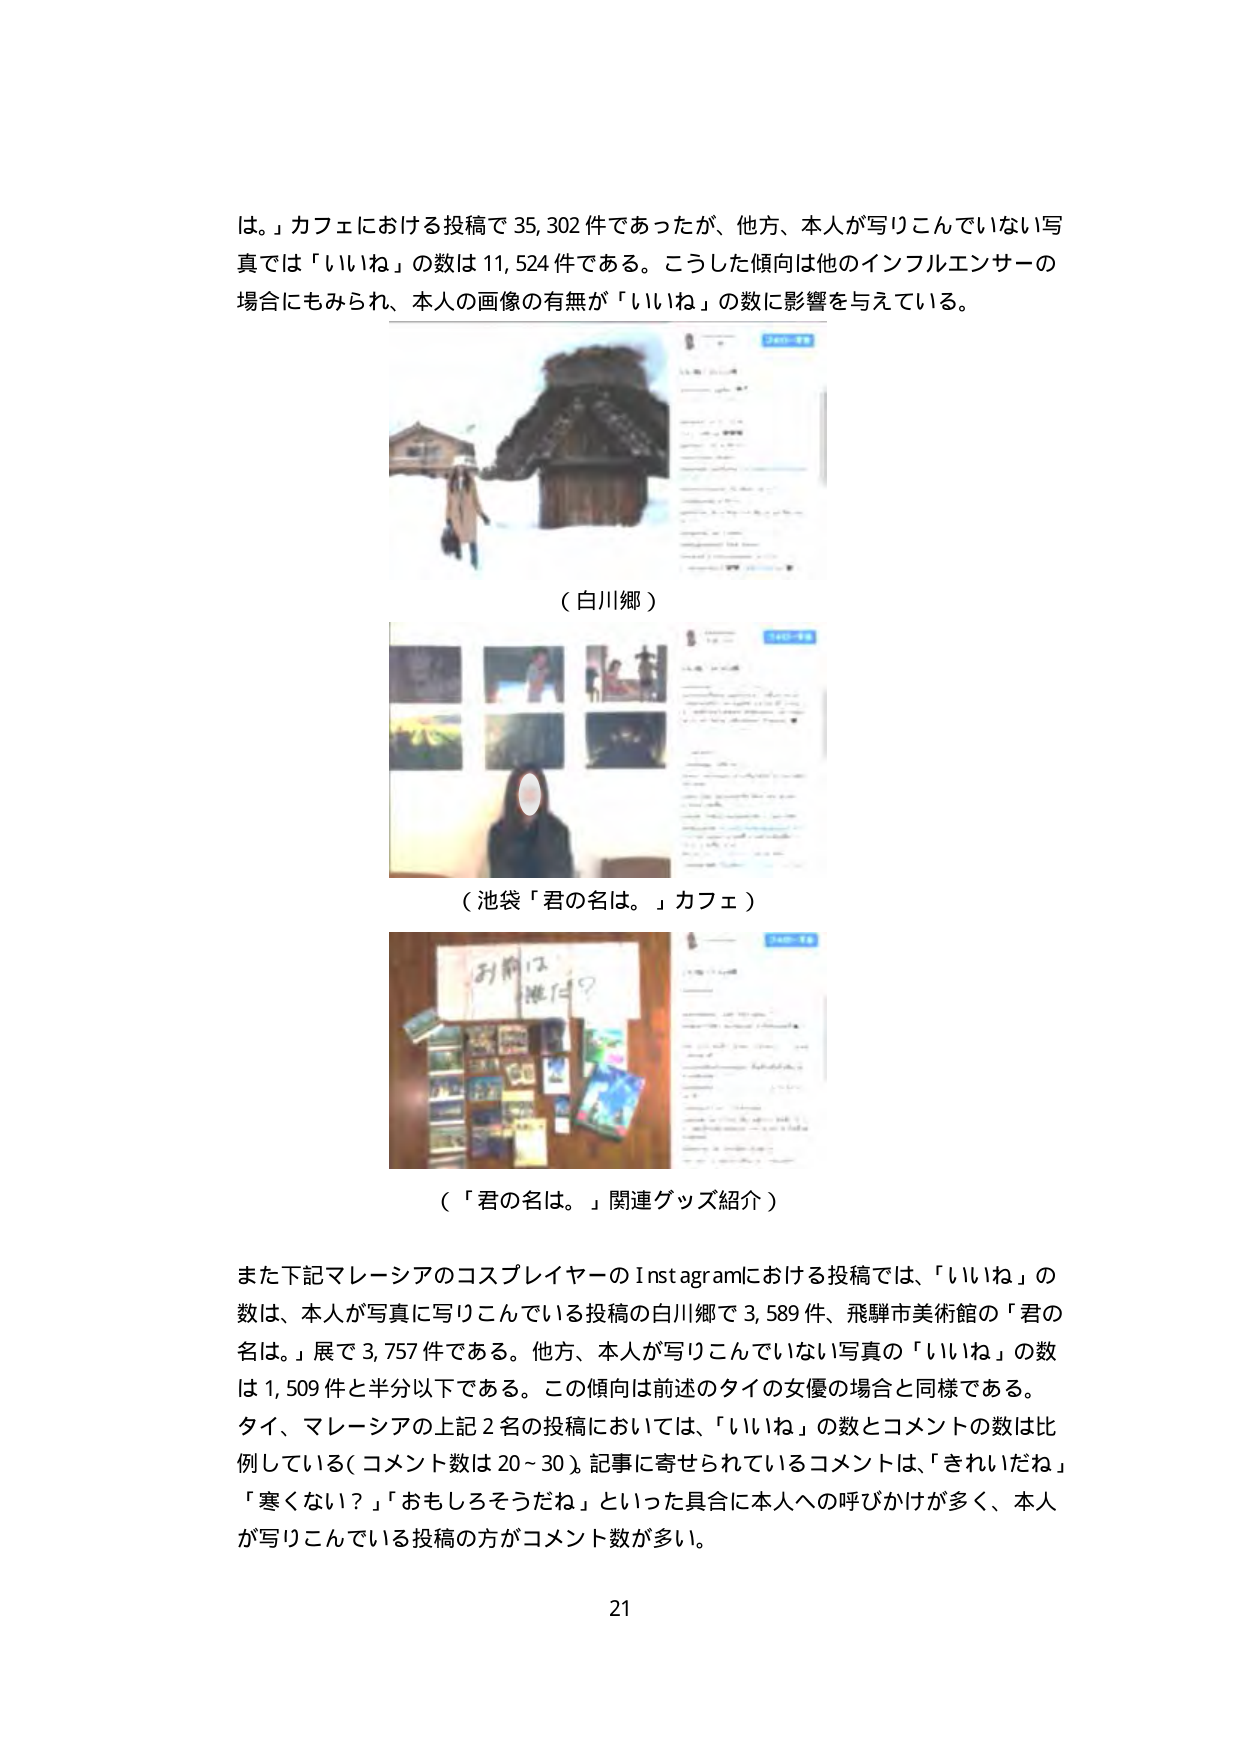
は。」カフェにおける投稿で35,302件であったが、他方、本人が写りこんでいない写真では「いいね」の数は11,524件である。こうした傾向は他のインフルエンサーの場合にもみられ、本人の画像の有無が「いいね」の数に影響を与えている。

（白川郷）

（池袋「君の名は。」カフェ）

（「君の名は。」関連グッズ紹介）

また下記マレーシアのコスプレイヤーのInstagramにおける投稿では、「いいね」の数は、本人が写真に写りこんでいる投稿の白川郷で3,589件、飛騨市美術館の「君の名は。」展で3,757件である。他方、本人が写りこんでいない写真の「いいね」の数は1,509件と半分以下である。この傾向は前述のタイの女優の場合と同様である。タイ、マレーシアの上記2名の投稿においては、「いいね」の数とコメントの数は比例している（コメント数は20～30）。記事に寄せられているコメントは、「きれいだね」「寒くない？」「おもしろそうだね」といった具合に本人への呼びかけが多く、本人が写りこんでいる投稿の方がコメント数が多い。

21